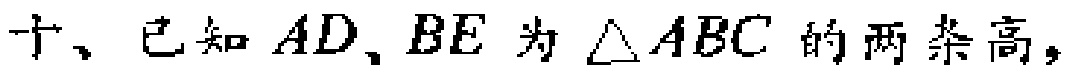
十、已知 \(AD、BE\) 为 \(\triangle ABC\) 的两条高，